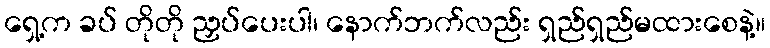
ရှေ့က ခပ် တိုတို ညှပ်ပေးပါ၊ နောက်ဘက်လည်း ရှည်ရှည်မထားစေနဲ့။